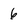
Character: 6